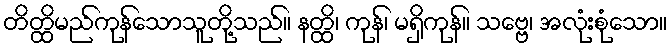
တိတ္ထိမည်ကုန်သောသူတို့သည်။ နတ္ထိ၊ ကုန်၊ မရှိကုန်။ သဗ္ဗေ၊ အလုံးစုံသော။